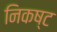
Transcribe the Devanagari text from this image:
निकष्ट